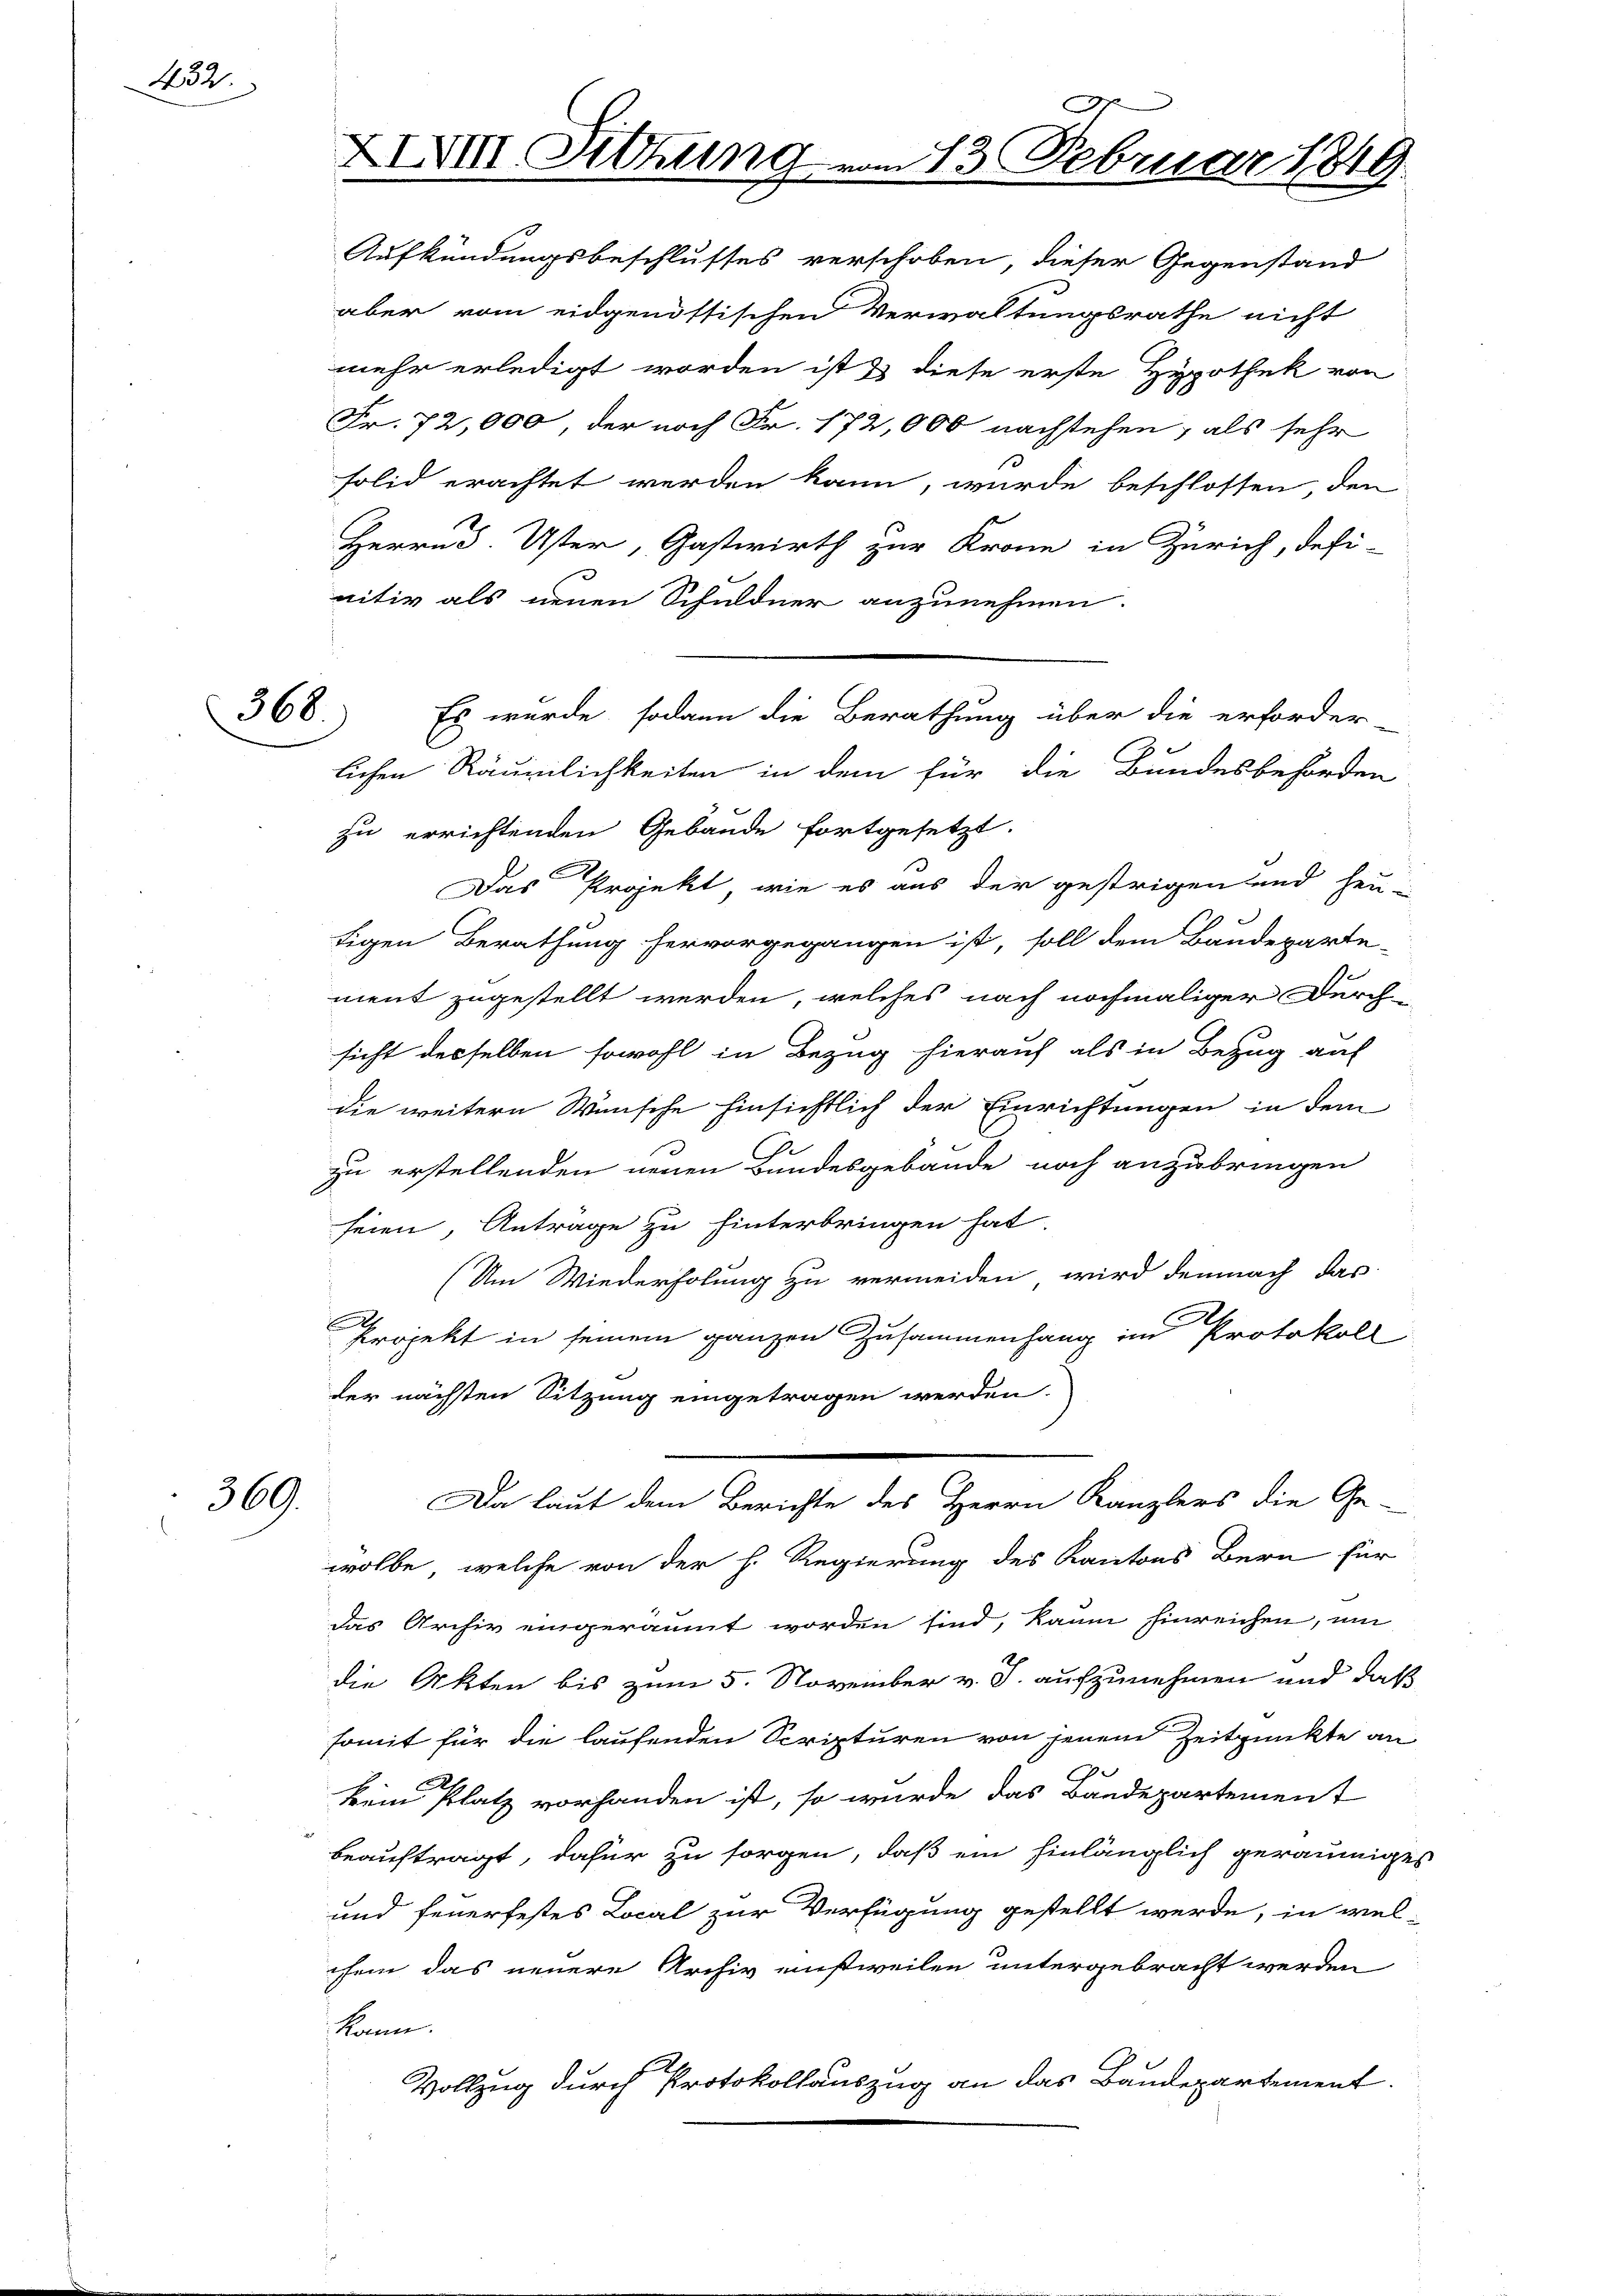
432.

368

369.

XXXVIII. Sitzung

Aufkündungsbeschlusses verschoben, dieser Gegenstand
aber vom eidgenössischen Verwaltungsrathe nicht
mehr erledigt worden ist & diese erste Hypothek von
Fr. 72,000, der noch Fr. 172,000 nachstehen, als sehr
solid erachtet werden kann, wurde beschlossen, den
Herrn S. Uster, Gastwirth zur Krone in Zürich, defi-
nitiv als neuen Schuldner anzunehmen.
lichen Räumlichkeiten in dem für die Bundesbehörden
zu errichtenden Gebäude fortgesetzt.
Das Projekt, wie es aus der gestrigen und heu-
tigen Berathung hervorgegangen ist, soll dem Baudeparte-
ment zugestellt werden, welches nach nochmaliger Durchsicht desselben sowohl in Bezug hierauf als in Bezug auf
die weitern Wünsche hinsichtlich der Einrichtungen in dem
zu erstellenden neuen Bundesgebäude noch anzubringen
seien, Anträge zu hinterbringen hat.
(Um Wiederholung zu vermeiden, wird demnach das
.
Projekt in seinem ganzen Zusammenhang im Protokoll
der nächsten Sitzung eingetragen werden.
Da laut dem Berichte des Herrn Kanzlers die Ge-
wolle, welche von der h. Regierung des Kantons Bern für
das Archiv eingeräumt worden sind, kaum hinreichen, um
die Akten bis zum 5. November v. J. aufzunehmen und daß
somit für die laufenden Scripturen von jenem Zeitpunkte an
kein Platz vorhanden ist, so wurde das Bandepartement
e
beauftragt, dafür zu sorgen, daß ein hinlänglich geräumiges
und feuerfestes Local zur Verfügung gestellt werde, in viel-
chem das neuere Archiv einstweilen untergebracht werden
kann.
Vollzug durch Protokollauszug an das Baudepartement.

am 13. Februar 1810.

Es wurde, sodann die Berathung über die erforder-